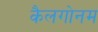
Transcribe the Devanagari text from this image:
कैलगोनम